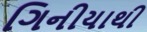
ગિનીયાથી